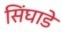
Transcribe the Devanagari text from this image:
सिंघाडे